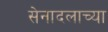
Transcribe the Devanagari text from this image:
सेनादलाच्या